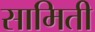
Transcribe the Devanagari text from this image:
सामिती